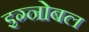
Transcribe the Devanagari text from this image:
इग्नोबल